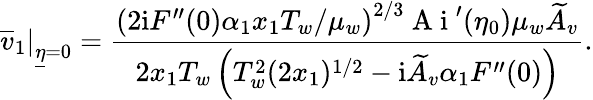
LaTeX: \left.\overline{{v}}_{1}\right\vert_{\underline{{\eta}}=0}=\frac{\left(2\mathrm{i}F^{\prime\prime}(0)\alpha_{1}x_{1}T_{w}/\mu_{w}\right)^{2/3}\mathrm{~A~i~}^{\prime}(\eta_{0})\mu_{w}\widetilde A_{v}}{2x_{1}T_{w}\left(T_{w}^{2}(2x_{1})^{1/2}-\mathrm{i}\widetilde A_{v}\alpha_{1}F^{\prime\prime}(0)\right)}.